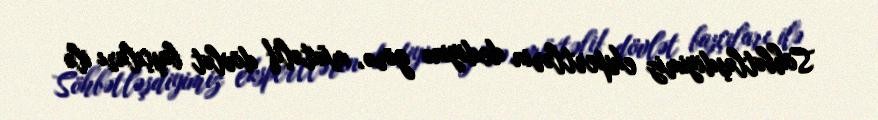
Söhbətləşdiyimiz ekspertlərin dediyinə görə, müxtəlif dövlət başçıları ilə